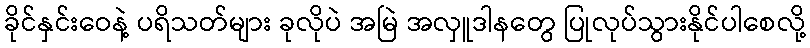
ခိုင်နှင်းဝေနဲ့ ပရိသတ်များ ခုလိုပဲ အမြဲ အလှူဒါနတွေ ပြုလုပ်သွားနိုင်ပါစေလို့